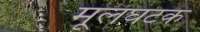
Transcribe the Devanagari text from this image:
मूलघटक